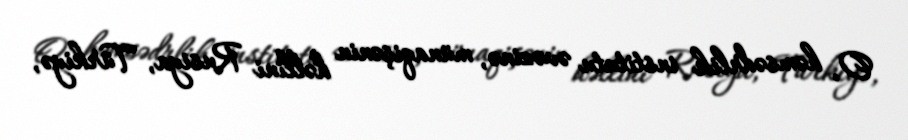
O, həmsədrlik institutu əvəzinə, münaqişənin həllini Rusiya, Türkiyə,